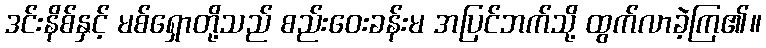
ဒင်းနိစ်နှင့် မစ်ရှောတို့သည် စည်းဝေးခန်းမ အပြင်ဘက်သို့ ထွက်လာခဲ့ကြ၏။